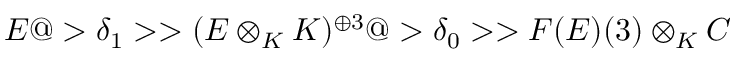
E @ > \delta _ { 1 } > > ( E \otimes _ { K } K ) ^ { \oplus 3 } @ > \delta _ { 0 } > > F ( E ) ( 3 ) \otimes _ { K } C